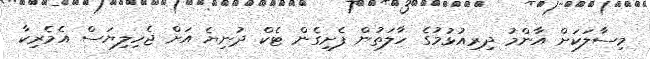
މިސާލަކަށް އާންމު ދިރިއުޅުމުގެ ހާލަތުން ފެށިގެން ޓެކް ދުނިޔެ އަށް ޖެހިލިޔަސް އެމެރިކާ